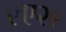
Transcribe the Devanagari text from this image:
एए२९